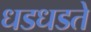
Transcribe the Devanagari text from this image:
धडधडते